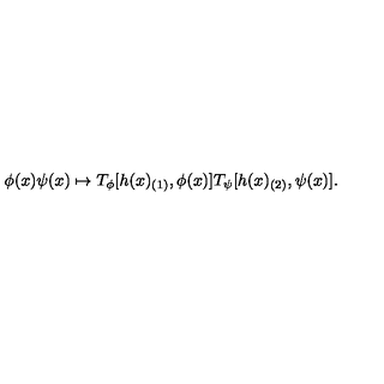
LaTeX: \phi ( x ) \psi ( x ) \mapsto T _ { \phi } [ h ( x ) _ { ( 1 ) } , \phi ( x ) ] T _ { \psi } [ h ( x ) _ { ( 2 ) } , \psi ( x ) ] .